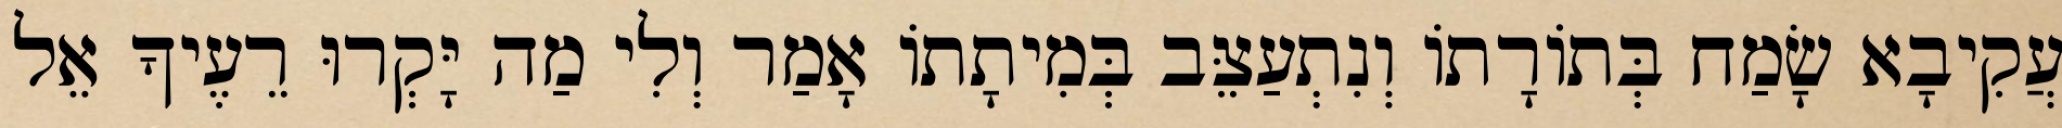
עֲקִיבָא שָׂמַח בְּתוֹרָתוֹ וְנִתְעַצֵּב בְּמִיתָתוֹ אָמַר וְלִי מַה יָּקְרוּ רֵעֶיךָ אֵל